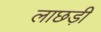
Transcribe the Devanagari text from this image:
लाछड़ी